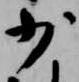
少